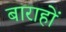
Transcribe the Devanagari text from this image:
बाराहों